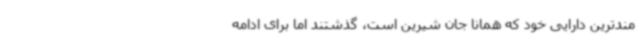
مندترین دارایی خود که همانا جان شیرین است، گذشتند اما برای ادامه